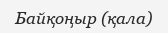
Байқоңыр (қала)